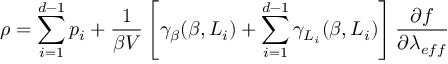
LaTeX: \rho = \sum _ { i = 1 } ^ { d - 1 } p _ { i } + \frac { 1 } { \beta V } \left[ \gamma _ { \beta } ( \beta , L _ { i } ) + \sum _ { i = 1 } ^ { d - 1 } \gamma _ { L _ { i } } ( \beta , L _ { i } ) \right] \frac { \partial f } { \partial \lambda _ { e f f } }